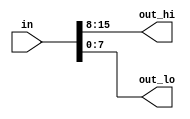
module top_module (
	input [15:0] in,
	output [7:0] out_hi,
	output [7:0] out_lo
);
	
	assign out_hi = in[15:8];
	assign out_lo = in[7:0];
	
	// Concatenation operator also works: assign {out_hi, out_lo} = in;
	
endmodule